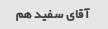
آقای سفید هم